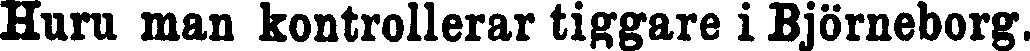
Huru man kontrollerar tiggare i Björneborg.